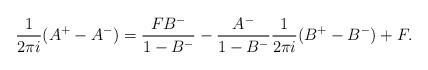
LaTeX: \begin{align*}\frac{1}{2\pi i}(A^+-A^-)= \frac{F B^-}{1-B^-} -\frac{A^-}{1-B^-}\frac{1}{2\pi i}(B^+ - B^-) + F.\end{align*}